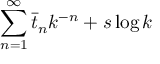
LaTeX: \sum _ { n = 1 } ^ { \infty } \bar { t } _ { n } k ^ { - n } + s \log k